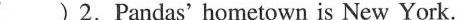
( ) 2.Pandas' hometown is New York.